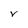
Character: V